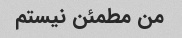
من مطمئن نیستم